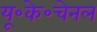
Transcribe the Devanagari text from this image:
यू॰के॰चेनल